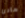
هادئ